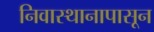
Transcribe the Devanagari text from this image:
निवास्थानापासून